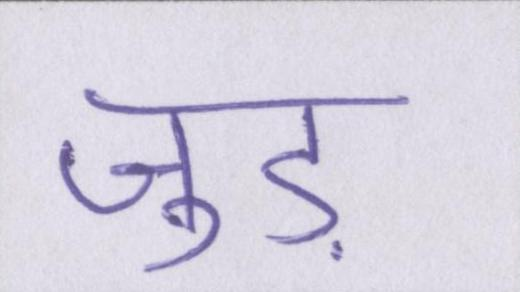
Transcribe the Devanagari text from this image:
जुड़